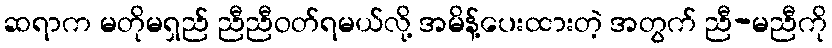
ဆရာက မတိုမရှည် ညီညီဝတ်ရမယ်လို့ အမိန့်ပေးထားတဲ့ အတွက် ညီ-မညီကို